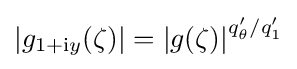
{\textstyle \left\vert g_{1+\mathrm {i} y}(\zeta )\right\vert =\left\vert g(\zeta )\right\vert ^{q_{\theta }'/q_{1}'}}